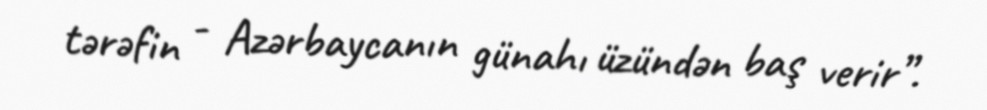
tərəfin - Azərbaycanın günahı üzündən baş verir”.